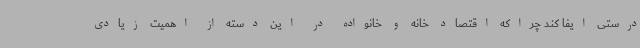
درستی ایفا کند چراکه اقتصاد خانه و خانواده در این دسته از اهمیت زیادی